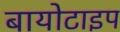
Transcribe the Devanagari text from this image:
बायोटाइप